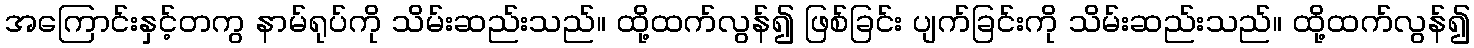
အကြောင်းနှင့်တကွ နာမ်ရုပ်ကို သိမ်းဆည်းသည်။ ထို့ထက်လွန်၍ ဖြစ်ခြင်း ပျက်ခြင်းကို သိမ်းဆည်းသည်။ ထို့ထက်လွန်၍